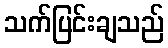
သက်ပြင်းချသည်